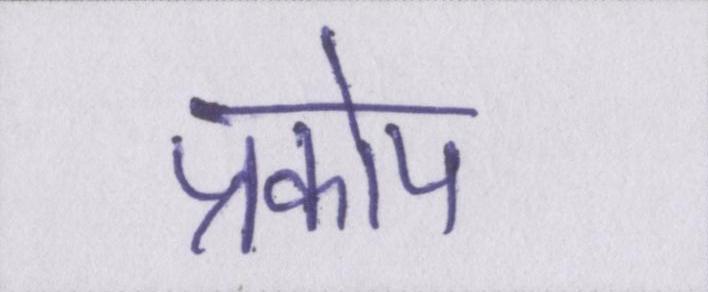
प्रकोप